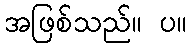
အဖြစ်သည်။ ပ။